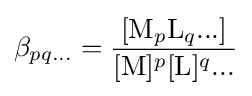
\beta _{pq...}={\frac {[\mathrm {M} _{p}\mathrm {L} _{q}...]}{[\mathrm {M} ]^{p}[\mathrm {L} ]^{q}...}}